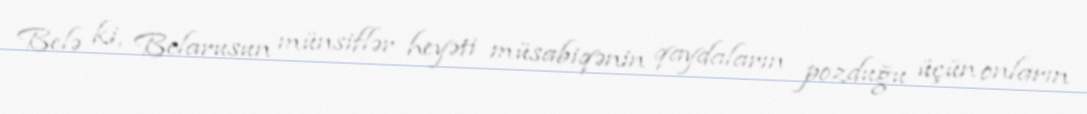
Belə ki, Belarusun münsiflər heyəti müsabiqənin qaydaların pozduğu üçün onların